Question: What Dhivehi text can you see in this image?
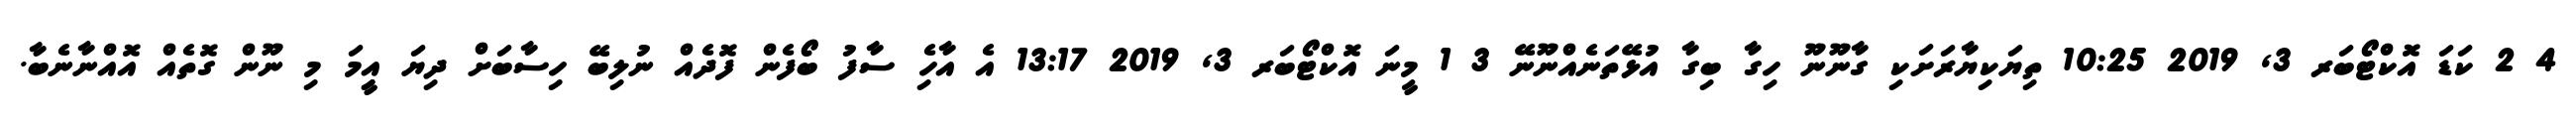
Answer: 4 2 ކަޑަ އޮކްޓޯބަރ 3, 2019 10:25 ތިޔަކިޔާރަށަކި ގާނޫނޫ ހިގާ ބިގާ އުޅޭތަނެއްނޫނޭ 3 1 މީނަ އޮކްޓޯބަރ 3, 2019 13:17 އެ އާހެި ސާފު ބޯފެން ފޮދެއް ނުލިބޭ ހިސާބަށް ދިޔަ އިީމަ މި ނޫން ގޮތެއް އޮއްނާނެބާ.